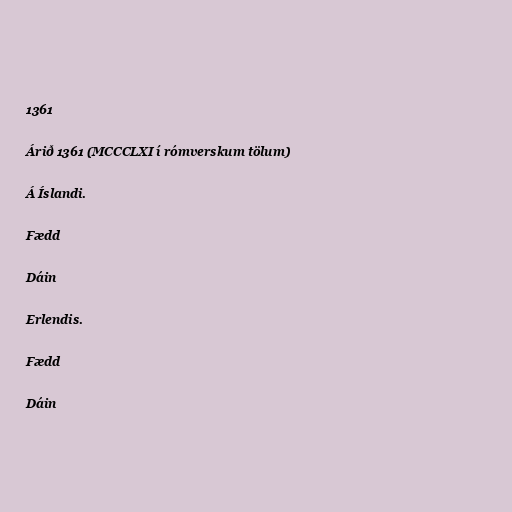
1361

Árið 1361 (MCCCLXI í rómverskum tölum)

Á Íslandi.

Fædd

Dáin

Erlendis.

Fædd

Dáin